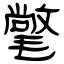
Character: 氅